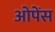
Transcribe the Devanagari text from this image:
ओपेंस